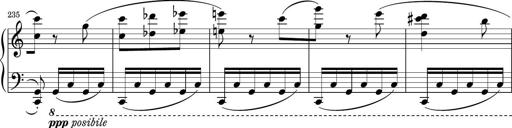
Title: Sonatina PandemÃ³nium
Composer: VÃ­ctor Carbajo
Key: C major